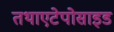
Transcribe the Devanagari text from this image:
तथाएटेपोसाइड